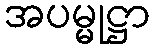
အပမ္မုဋ္ဌာ